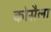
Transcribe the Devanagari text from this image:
कोसैला